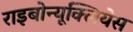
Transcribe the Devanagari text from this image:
राइबोन्यूक्लियेस